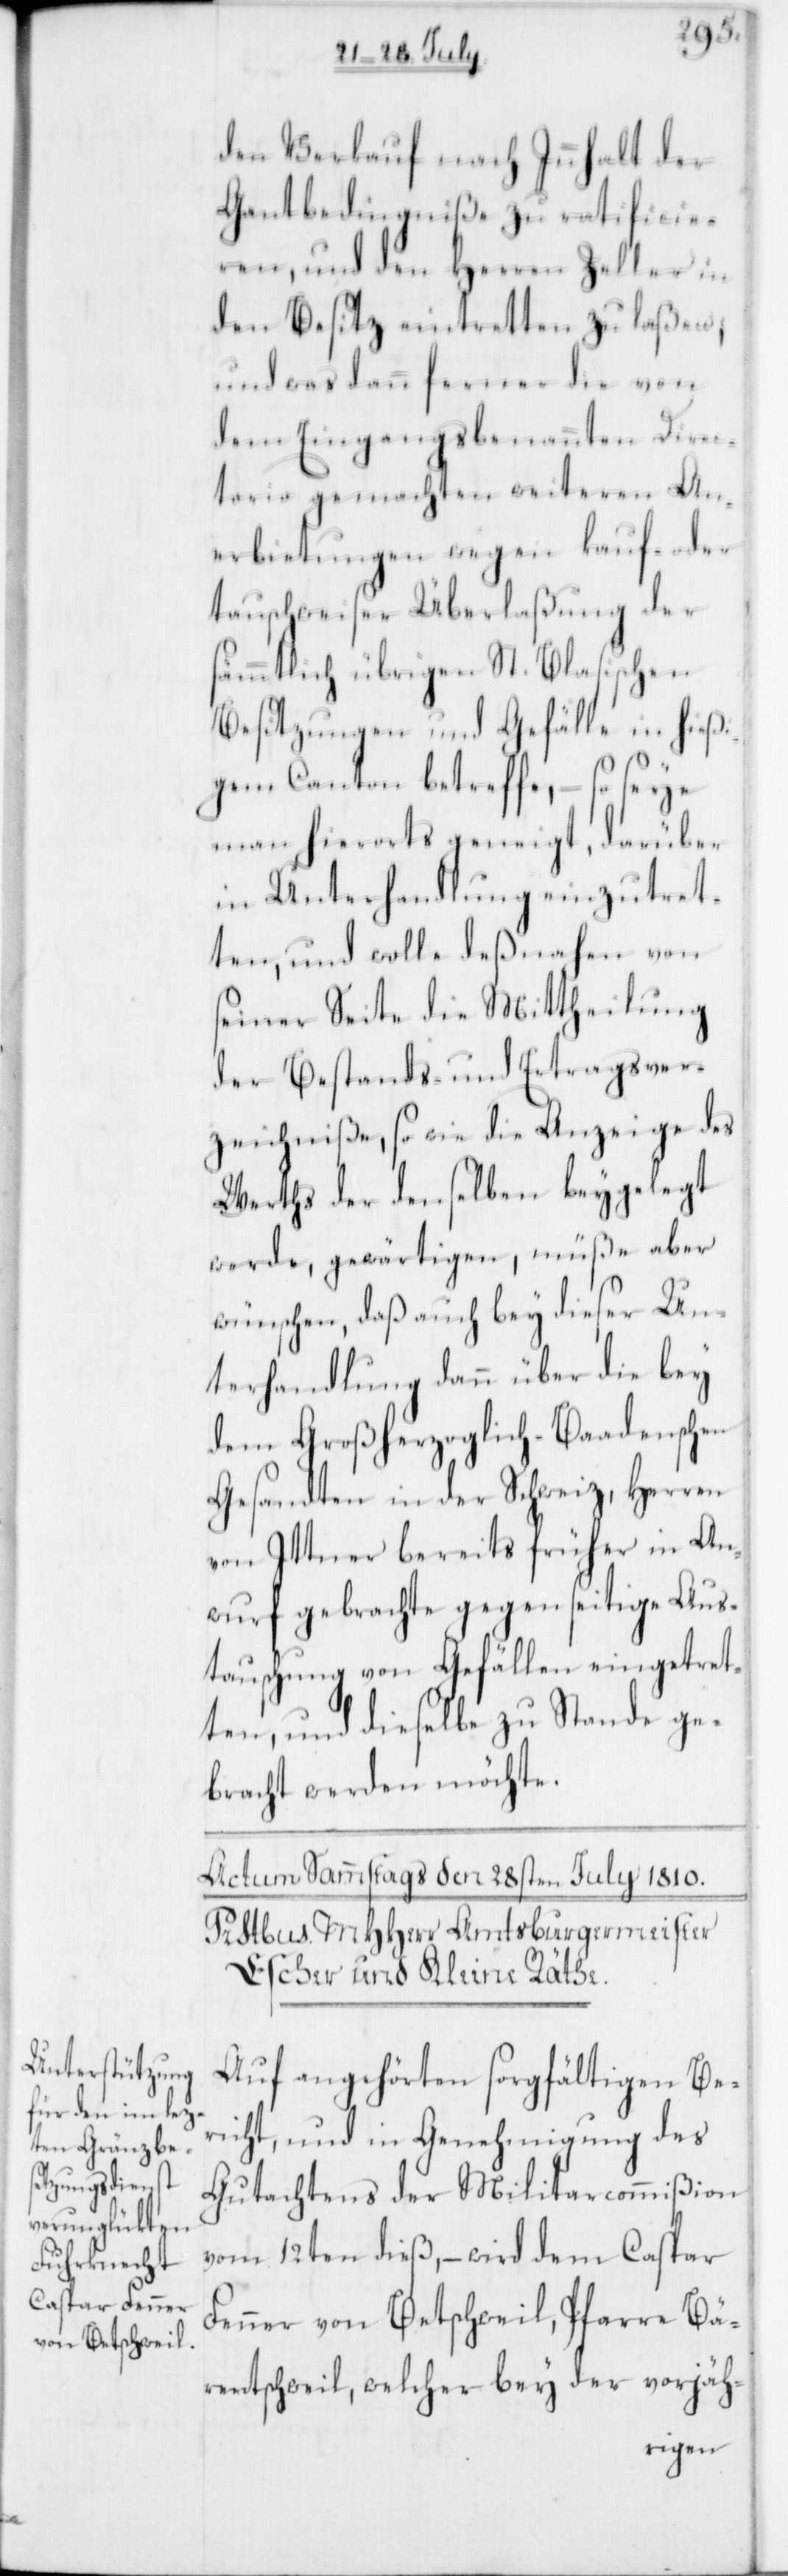
den Verkauf nach Innhalt der
Gantbedingniße zu rathificie¬
ren, und den Herren Zeller in
den Besitz eintretten zu laßen;
und was dann ferner die von
dem Eingangsbenannten Direc¬
torio gemachten weiteren An¬
erbietungen wegen kauf- oder
tauschweiser Überlaßung der
sämmtlich übrigen St. Blasischen
Besitzungen und Gefälle in hießi¬
gem Canton betreffe, – so seye
man hierorts geneigt, darüber
in Unterhandlung einzutret¬
ten, und wolle deßnahen von
seiner Seite die Mittheilung
der Bestands- und Ertragsver¬
zeichniße, so wie die Anzeige des
Werths der denselben beygelegt
werde, gewärtigen, müße aber
wünschen, daß auch bey dieser Un¬
terhandlung dann über die bey
dem Großherzoglich-Baadenschen
Gesandten in der Schweiz, Herren
von Ittner bereits früher in An¬
wurf gebrachte gegenseitige Aus¬
tauschung von Gefällen eingetret¬
ten und dieselbe zustande ge¬
bracht werden möchte.
Auf angehörten sorgfältigen Be¬
richt und in Genehmigung des
Gutachtens der Militarcommißion
vom 12ten dieß, – wird dem Caspar
Fenner von Bettschweil, Pfarre Bä¬
rentschweil, welcher bey der vorjäh-